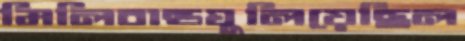
মিলিবান্ডঘুলিয়েছিল